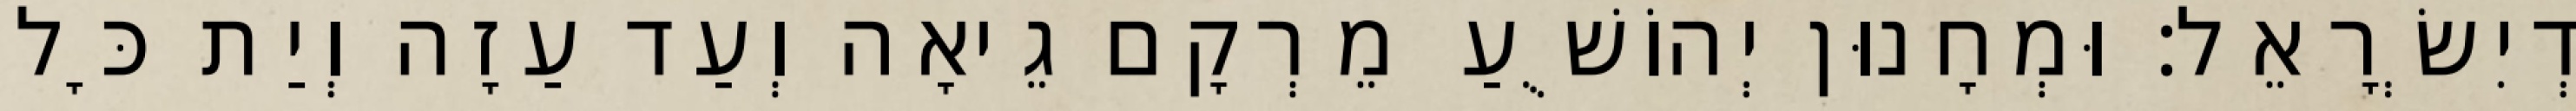
דְיִשְׂרָאֵל׃ וּמְחָנוּן יְהוֹשֻׁעַ מֵרְקָם גֵיאָה וְעַד עַזָה וְיַת כָּל